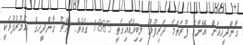
ގާންދީހއަށް އޭނާގެ ފުރަތަމަ ދަރިފުޅު ލިބިވަޑައިގަތީ 1885 ގައެވެ. އޭރު ގާންދީހގެ ޢުމުރުފުޅަކީ